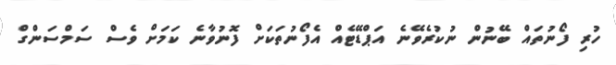
ހުރި ފޯނުތައް ބޭނުން ނުކުރެވޭނެ އަޕްޑޭޓެއް އެފޯނުތަކަށް ފޮނުވާނެ ކަމަށް ވެސް ސަމްސަންގް